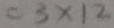
= 3 \times 1 2